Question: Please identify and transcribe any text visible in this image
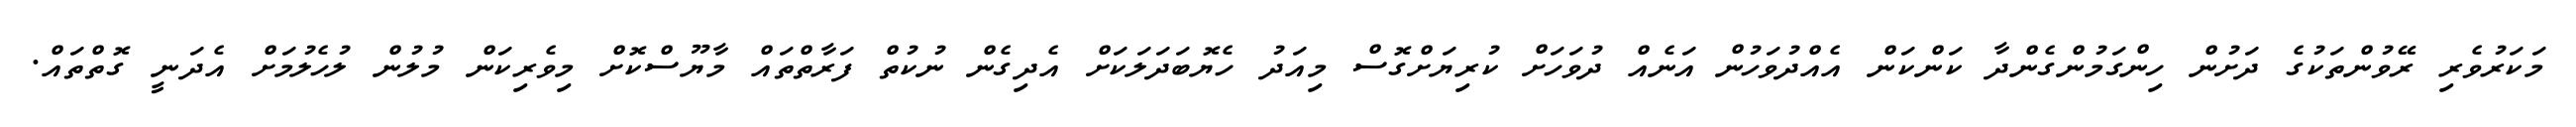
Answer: މަކަރުވެރި ރޭވުންތަކުގެ ދަށުން ހިންގަމުންގެންދާ ކަންކަން އެއްދުވަހުން އަނެއް ދުވަހަށް ކުރިޔަށްގޮސް މިއަދު ހެޔޮބަދަލަކަށް އެދިގެން ނުކުތް ފަރާތްތައް މާޔޫސްކޮށް މިވެރިކަން މުލުން ލުހެލުމަށް އެދަނީ ގޮތްތައް.